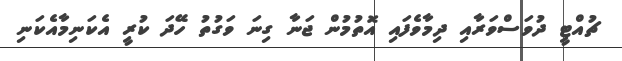
ޗުއްޓީ ދުވަސްވަރާއި ދިމާވެފައި އޮތުމުން ޖަނާ ގިނަ ވަގުތު ހޭދަ ކުރީ އެކަނިމާއެކަނި